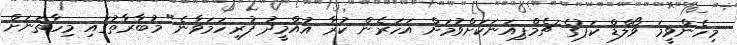
މިހެންވީމަ ވޯލްޑް ކަޕުގެ ޗެމްޕިއަނަކަށްވުމަށް އަހަރެން ކުރާ އުއްމީދު ފުރިހަމަވާނެ" މުބާރާތުގައި މިހާތަނަށް